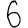
Digit: 6